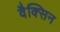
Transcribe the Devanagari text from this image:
वैक्सिन